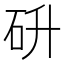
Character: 𮵋